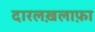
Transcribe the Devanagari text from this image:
दारलख़लाफ़ा